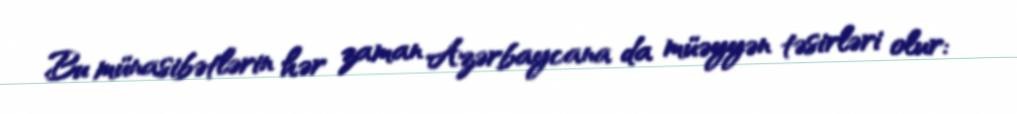
Bu münasibətlərin hər zaman Azərbaycana da müəyyən təsirləri olur: